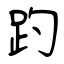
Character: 趵